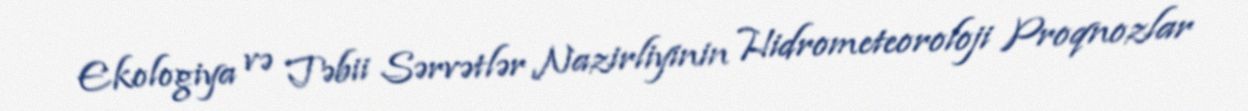
Ekologiya və Təbii Sərvətlər Nazirliyinin Hidrometeoroloji Proqnozlar